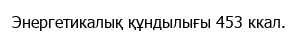
Энергетикалық құндылығы 453 ккал.